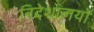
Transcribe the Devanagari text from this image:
निदेशालयों